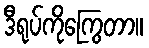
ဒီရုပ်ကိုကြွေတာ။